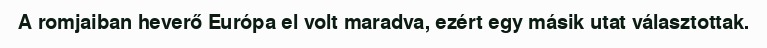
A romjaiban heverő Európa el volt maradva, ezért egy másik utat választottak.